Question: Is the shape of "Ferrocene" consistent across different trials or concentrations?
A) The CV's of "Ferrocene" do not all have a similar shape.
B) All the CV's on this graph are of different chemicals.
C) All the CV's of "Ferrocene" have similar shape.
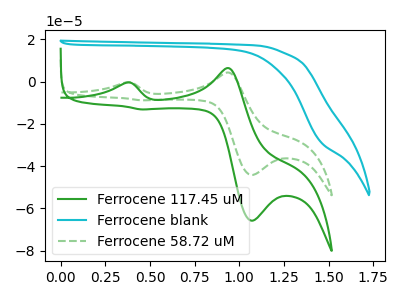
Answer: <think>The green curve "Ferrocene 117.45 uM" has anodic peaks at (0.35V, -0.50uA) (0.95V, 6.40uA) and cathodic peaks at (1.05V, -65.80uA) (0.45V, -13.15uA). The cyan curve "Ferrocene blank" has no peaks. The green dashed curve "Ferrocene 58.72 uM" has anodic peaks at (0.35V, -0.35uA) (0.95V, 4.30uA) and cathodic peaks at (1.05V, -44.20uA) (0.45V, -8.85uA).
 "Ferrocene 117.45 uM" and "Ferrocene blank" have a different number of peaks. All the peaks in "Ferrocene 117.45 uM" have a peak in "Ferrocene 58.72 uM" at the same potential. "Ferrocene blank" and "Ferrocene 58.72 uM" have a different number of peaks.</think>
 <answer>C) All the CV's of "Ferrocene" have similar shape.</answer>
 <eval>C</eval>